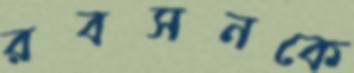
রবসনকে